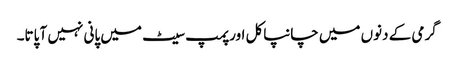
گرمی کے دنوں میں چانپاکل اور پمپ سیٹ میں پانی نہیں آ پاتا۔